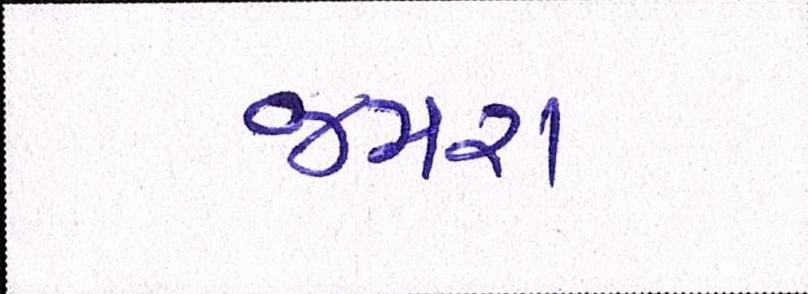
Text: જમરા